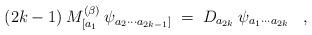
LaTeX: \begin{align*}(2k-1) \:M^{(\beta)}_{[a_1} \:\psi_{a_2 \cdots a_{2k-1}]} \;=\; D_{a_{2k}} \:\psi_{a_1 \cdots a_{2k}} \;\;\;,\end{align*}